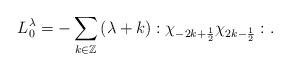
LaTeX: \begin{align*}L^\lambda_0 = -\sum_{k\in \mathbb{Z}}\left(\lambda +k\right) :\chi_{-2k+\frac{1}{2}}\chi_{2k-\frac{1}{2}}:.\end{align*}